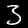
Label: 3